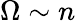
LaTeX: \Omega\sim n